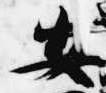
安